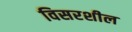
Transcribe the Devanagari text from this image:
विसरशील